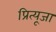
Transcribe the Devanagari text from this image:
प्रित्यूजा